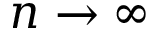
n \to \infty